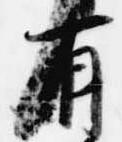
有